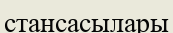
стансасылары